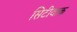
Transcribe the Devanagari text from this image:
सिटीवाक